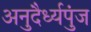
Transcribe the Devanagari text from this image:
अनुदैर्ध्यपुंज